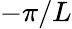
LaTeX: -\pi/L